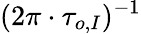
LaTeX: (2\pi\cdot\tau_{o,I})^{-1}